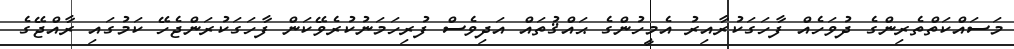
މަސައްކަތްތެރިންގެ ދުވަހެއް ފާހަގަކުރާއިރު އެމީހުންގެ ޙައްޤުތައް އަދިވެސް ފުރިހަމަނުކުރެވޭކަން ފާހަގަކުރަންޖެހޭ ކަމުގައި ރާއްޖޭގެ